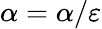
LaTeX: \alpha=\alpha/\varepsilon